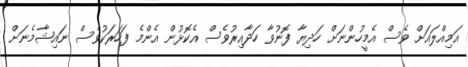
އަމިއްލައަށް ވެސް އެމީހުންނަށް ހަދިޔާ ފޮނުވާ ހަދާއިރުވެސް އެކޮޅުން އެންމެ ފަހަރަކުވެސް ނައިޝާމެނަށް